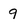
Character: 9